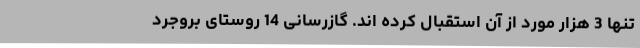
تنها 3 هزار مورد از آن استقبال کرده اند. گازرسانی 14 روستای بروجرد